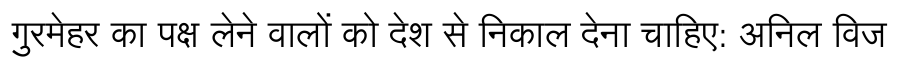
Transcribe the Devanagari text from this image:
गुरमेहर का पक्ष लेने वालों को देश से निकाल देना चाहिए: अनिल विज